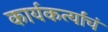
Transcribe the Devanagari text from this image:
कार्यकर्त्यांचं